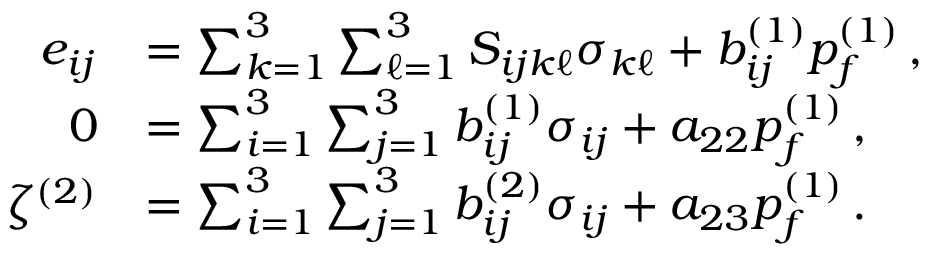
\begin{array} { r l } { e _ { i j } } & { = \sum _ { k = 1 } ^ { 3 } \sum _ { \ell = 1 } ^ { 3 } S _ { i j k \ell } \sigma _ { k \ell } + b _ { i j } ^ { ( 1 ) } p _ { f } ^ { ( 1 ) } \, , } \\ { 0 } & { = \sum _ { i = 1 } ^ { 3 } \sum _ { j = 1 } ^ { 3 } b _ { i j } ^ { ( 1 ) } \sigma _ { i j } + a _ { 2 2 } p _ { f } ^ { ( 1 ) } \, , } \\ { \zeta ^ { ( 2 ) } } & { = \sum _ { i = 1 } ^ { 3 } \sum _ { j = 1 } ^ { 3 } b _ { i j } ^ { ( 2 ) } \sigma _ { i j } + a _ { 2 3 } p _ { f } ^ { ( 1 ) } \, . } \end{array}